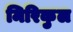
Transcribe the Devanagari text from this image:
मिरिकुल